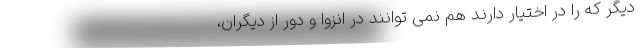
دیگر که را در اختیار دارند هم نمی توانند در انزوا و دور از دیگران،